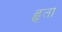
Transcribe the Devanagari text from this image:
हृता